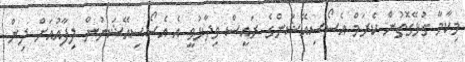
މިކާމާ ގުޅޭގޮތުން ކެރަމް އެސޯސިއޭޝަންގެ ރައީސް ވިދާޅުވީ އެ އެސޯސިއޭޝަނުން ލިފާއުއަށް ދިން